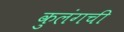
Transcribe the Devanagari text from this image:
कुलंगची